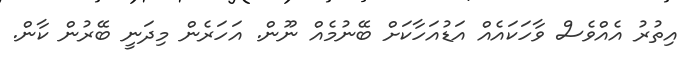
އިތުރު އެއްވެސް ވާހަކައެއް އަޑުއަހާކަށް ބޭނުމެއް ނޫން. އަހަރެން މިދަނީ ބޭރުން ކާން.